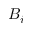
B _ { i }